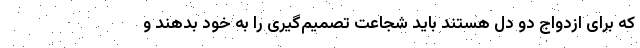
که برای ازدواج دو دل هستند باید شجاعت تصمیم‌گیری را به خود بدهند و